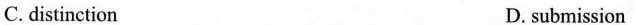
C. distinction D. submission